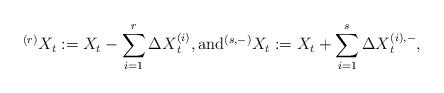
LaTeX: \begin{align*} {}^{(r)} X_t:= X_t- \sum_{i=1}^r {\Delta X}_t^{(i)} , {\rm and} {}^{(s,-)} X_t:= X_t + \sum_{i=1}^s {\Delta X}_t^{(i),-},\end{align*}